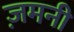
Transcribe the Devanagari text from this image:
ज़मनी